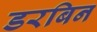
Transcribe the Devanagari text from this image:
डरबिन